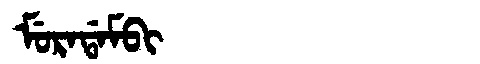
Manchu: ᠮᡠᡵᠠᡩᠠᠮᠪᡳ
Romanization: MURADAMBI